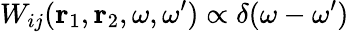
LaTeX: W_{ij}({\mathbf r}_{1},{\mathbf r}_{2},\omega,\omega^{\prime})\propto\delta(\omega-\omega^{\prime})